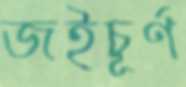
জইচূর্ণ